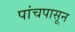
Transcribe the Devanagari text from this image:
पांचपासून